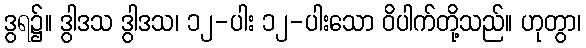
ဒွရ၌။ ဒွါဒသ ဒွါဒသ၊ ၁၂-ပါး ၁၂-ပါးသော ဝိပါက်တို့သည်။ ဟုတွာ၊